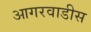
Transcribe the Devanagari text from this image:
आगरवाडीस